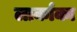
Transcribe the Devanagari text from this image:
लार्काका